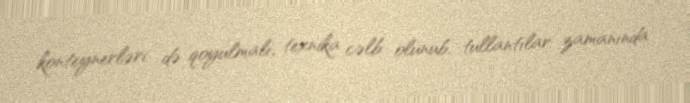
konteynerləri də qoyulmalı, texnika cəlb olunub, tullantılar zamanında